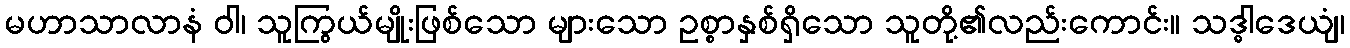
မဟာသာလာနံ ဝါ၊ သူကြွယ်မျိုးဖြစ်သော များသော ဥစ္စာနှစ်ရှိသော သူတို့၏လည်းကောင်း။ သဒ္ဓါဒေယျံ၊